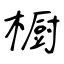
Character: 橱